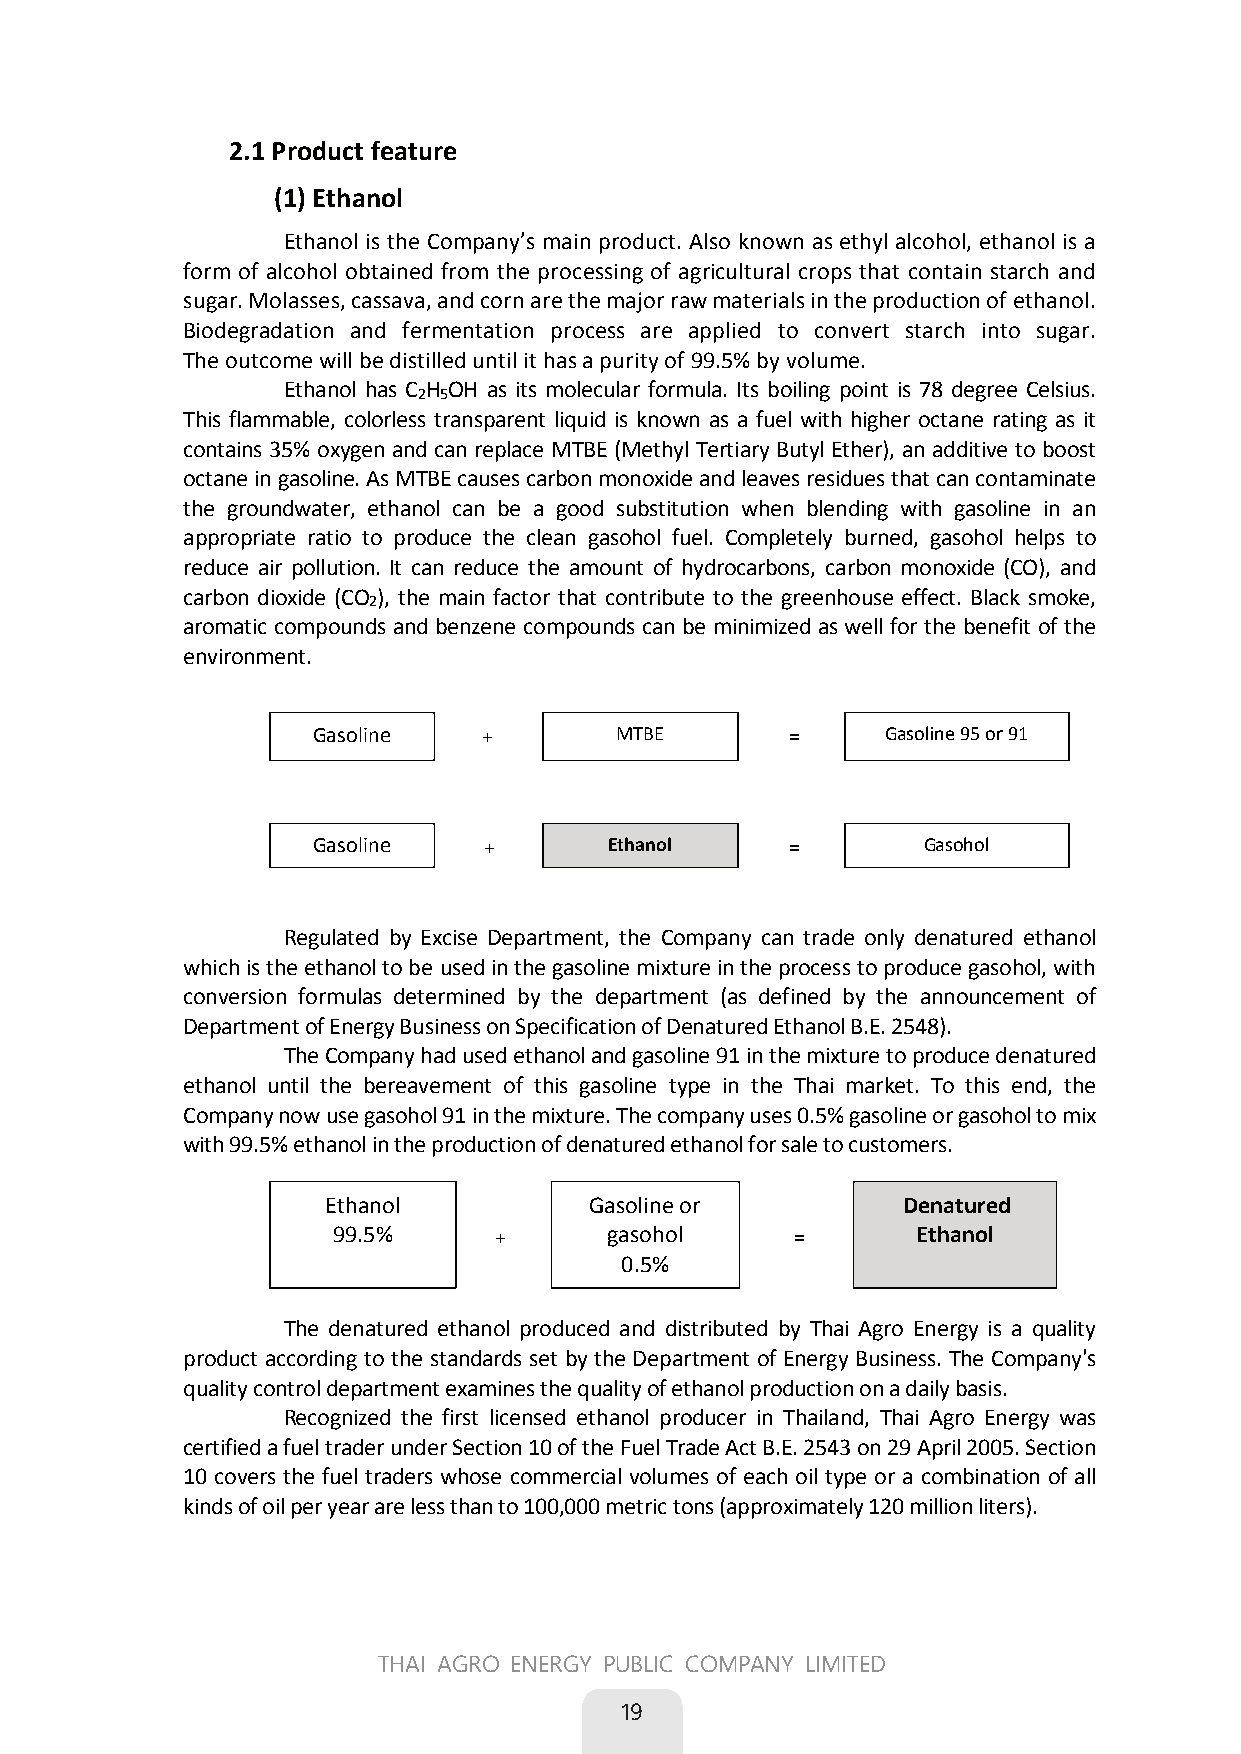
2.1 Product feature
 (1) Ethanol
 Ethanol is the Company’s main product. Also known as ethyl alcohol, ethanol is a
 form of alcohol obtained from the processing of agricultural crops that contain starch and
 sugar. Molasses, cassava, and corn are the major raw materials in the production of ethanol.
 Biodegradation and fermentation process are applied to convert starch into sugar.
 The outcome will be distilled until it has a purity of 99.5% by volume.
 Ethanol has C H OH as its molecular formula. Its boiling point is 78 degree Celsius.
 2 5
 This flammable, colorless transparent liquid is known as a fuel with higher octane rating as it
 contains 35% oxygen and can replace MTBE (Methyl Tertiary Butyl Ether), an additive to boost
 octane in gasoline. As MTBE causes carbon monoxide and leaves residues that can contaminate
 the groundwater, ethanol can be a good substitution when blending with gasoline in an
 appropriate ratio to produce the clean gasohol fuel. Completely burned, gasohol helps to
 reduce air pollution. It can reduce the amount of hydrocarbons, carbon monoxide (CO), and
 carbon dioxide (CO ), the main factor that contribute to the greenhouse effect. Black smoke,
 2
 aromatic compounds and benzene compounds can be minimized as well for the benefit of the
 environment.
 Gasoline          MTBE           Gasoline 95 or 91
 Gasoline        Ethanol            Gasohol
 Regulated by Excise Department, the Company can trade only denatured ethanol
 which is the ethanol to be used in the gasoline mixture in the process to produce gasohol, with
 conversion formulas determined by the department (as defined by the announcement of
 Department of Energy Business on Specification of Denatured Ethanol B.E. 2548).
 The Company had used ethanol and gasoline 91 in the mixture to produce denatured
 ethanol until the bereavement of this gasoline type in the Thai market. To this end, the
 Company now use gasohol 91 in the mixture. The company uses 0.5% gasoline or gasohol to mix
 with 99.5% ethanol in the production of denatured ethanol for sale to customers.
 Ethanol          Gasoline or         Denatured
 99.5%           gasohol            Ethanol
 0.5%
 The denatured ethanol produced and distributed by Thai Agro Energy is a quality
 product according to the standards set by the Department of Energy Business. The Company's
 quality control department examines the quality of ethanol production on a daily basis.
 Recognized the first licensed ethanol producer in Thailand, Thai Agro Energy was
 certified a fuel trader under Section 10 of the Fuel Trade Act B.E. 2543 on 29 April 2005. Section
 10 covers the fuel traders whose commercial volumes of each oil type or a combination of all
 kinds of oil per year are less than to 100,000 metric tons (approximately 120 million liters).
 11
 THAI AGRO ENERGY PUBLIC COMPANY LIMITED
 19